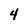
Character: 4